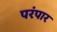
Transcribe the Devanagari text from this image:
परंपार